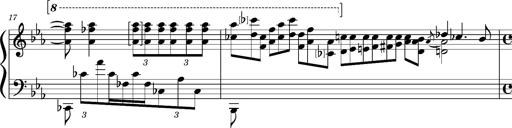
Title: PrÃ©ludes et Harmonies poÃ©tiques et religieuses
Composer: Franz Liszt